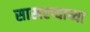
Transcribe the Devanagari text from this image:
साखरप्याच्या